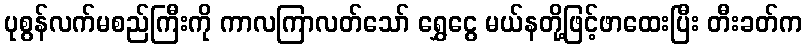
ပုစွန်လက်မစည်ကြီးကို ကာလကြာလတ်သော် ရွှေငွေ မယ်နတို့ဖြင့်ဖာထေးပြီး တီးခတ်က